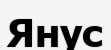
Янус